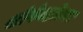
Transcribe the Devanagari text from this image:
शोपेनहॉउवर